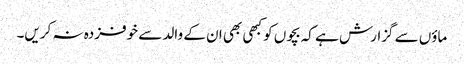
ماؤں سے گزارش ہے کہ بچوں کو کبھی بھی ان کے والد سے خوفزدہ نہ کریں۔